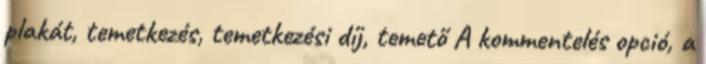
plakát, temetkezés, temetkezési díj, temető A kommentelés opció, a